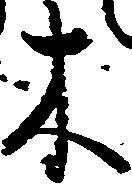
木